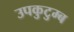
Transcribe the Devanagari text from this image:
उपकुटुम्ब